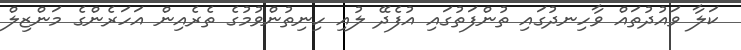
ކަލާ ވައުދުތައް ވާހިނދުގައި ތުންފަތުގައި އުފެދޭ ލުއި ހިނިތުންވުމުގެ ތެރެއިން އަހަރެންގެ މަންޒިލް